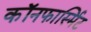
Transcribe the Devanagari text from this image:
कॉनफार्स्मिट